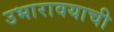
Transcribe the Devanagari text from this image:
उभारावयाची